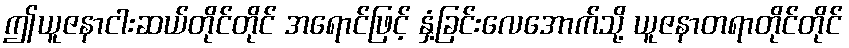
ဤယူဇနာငါးဆယ်တိုင်တိုင် အရောင်ဖြင့် နှံ့ခြင်းလေအောက်သို့ ယူဇနာတရာတိုင်တိုင်